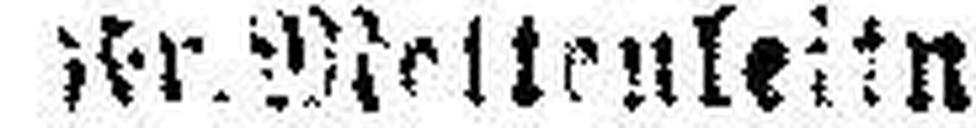
Fr. Metteuleitner.